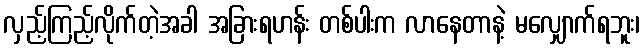
လှည့်ကြည့်လိုက်တဲ့အခါ အခြားရဟန်း တစ်ပါးက လာနေတာနဲ့ မလျှောက်ရဘူး၊